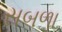
સબળા